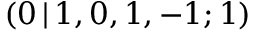
( 0 \, | \, 1 , 0 , 1 , - 1 ; 1 )